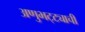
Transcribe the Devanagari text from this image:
अणुभट्ट्याची